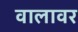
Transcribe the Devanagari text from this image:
वालावर